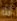
له